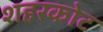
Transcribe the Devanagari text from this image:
शहरकोट